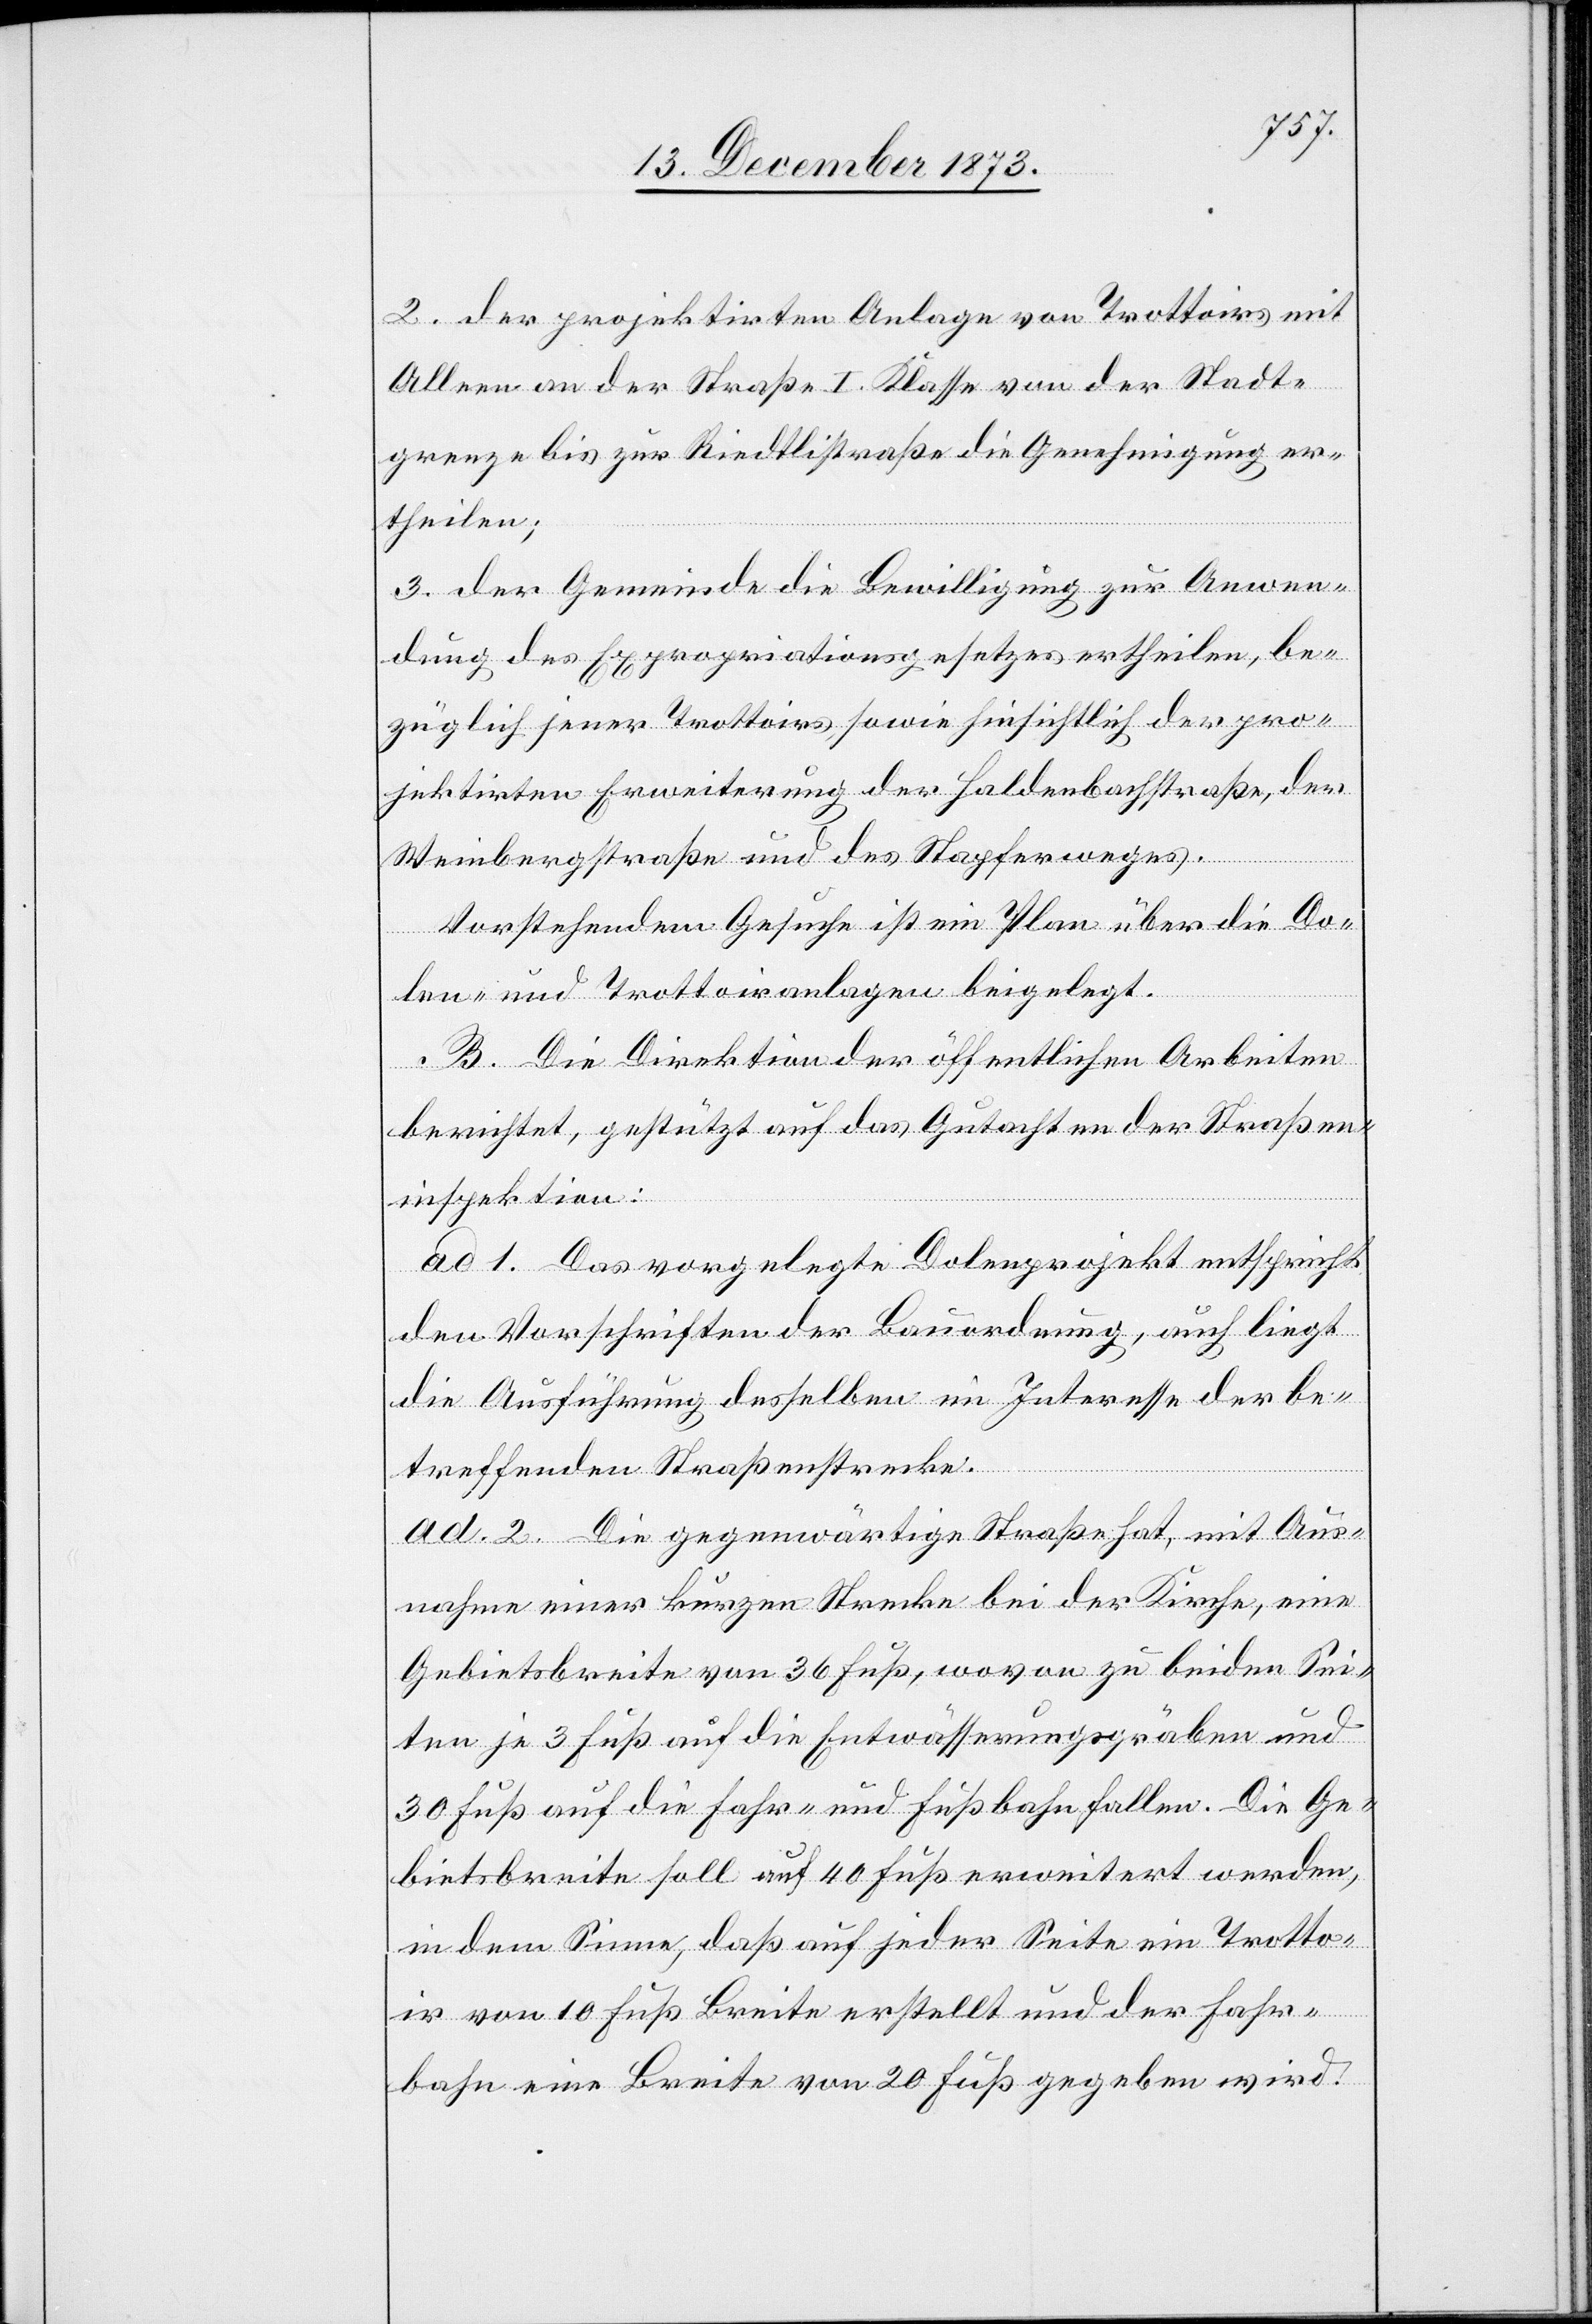
2. der projektirten Anlage von Trottoirs mit
Alleen an der Straße I. Klasse von der Stadt¬
grenze bis zur Riedtlistraße die Genehmigung er¬
theilen;
3. der Gemeinde die Bewilligung zur Anwen¬
dung des Expropriationsgesetzes ertheilen, be¬
züglich jener Trottoirs, sowie hinsichtlich der pro¬
jektirten Erweiterung der Haldenbachstraße, der
Weinbergstraße und des Stapferweges.
Vorstehendem Gesuche ist ein Plan über die Do¬
len- und Trottoiranlagen beigelegt.
B. Die Direktion der öffentlichen Arbeiten
berichtet, gestützt auf das Gutachten der Straßen¬
inspektion:
ad 1. Das vorgelegte Dolenprojekt entspricht
den Vorschriften der Bauordnung, auch liegt
die Ausführung desselben im Interesse der be¬
treffenden Straßenstrecke.
ad. 2. Die gegenwärtige Straße hat, mit Aus¬
nahme einer kurzen Strecke bei der Kirche, eine
Gebietsbreite von 36 Fuß, wovon zu beiden Sei¬
ten je 3 Fuß auf die Entwässerungsgräben und
30 Fuß auf die Fahr- und Fußbahn fallen. Die Ge¬
bietsbreite soll auf 40 Fuß erweitert werden,
in dem Sinne, daß auf jeder Seite ein Trotto¬
ir von 10 Fuß Breite erstellt und der Fahr¬
bahn eine Breite von 20 Fuß gegeben wird.